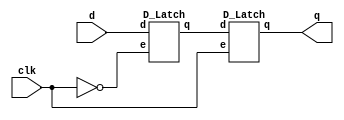
`timescale 1ns/1ps
module D_Flip_Flop(clk, d, q);
input clk;
input d;
output q;
wire not_clk, temp;
not nclk(not_clk, clk);

D_Latch Master(not_clk, d, temp);
D_Latch Slave(clk, temp, q);
endmodule

module D_Latch(e, d, q);
input e;
input d;
output q;

wire node1, node2, notd, notq;
not nd(notd, d);
nand nand1(node1, d, e);
nand nand2(node2, notd, e);
nand nand3(notq, node1, q);
nand nand4(q, node2, notq);

endmodule

module Toggle_Flip_Flop(clk, q, t, rst_n);
input clk;
input t;
input rst_n;
output q;

wire temp1, temp2, temp3, temp4;
or o1(temp1, t, q);
nand na2(temp2, t, q);
and a2(temp3, temp1, temp2);
and a3(temp4, rst_n, temp3);
D_Flip_Flop DFF(clk, temp4, q);

endmodule